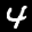
Label: 4